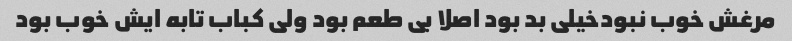
مرغش خوب نبودخیلی بد بود اصلا بی طعم بود ولی کباب تابه ایش خوب بود